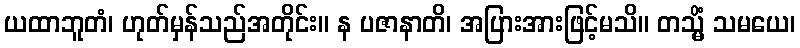
ယထာဘူတံ၊ ဟုတ်မှန်သည်အတိုင်း။ န ပဇာနာတိ၊ အပြားအားဖြင့်မသိ။ တသ္မိံ သမယေ၊